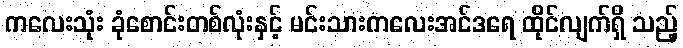
ကလေးသုံး ခုံစောင်းတစ်လုံးနှင့် မင်းသားကလေးအင်ဒရေ ထိုင်လျက်ရှိ သည့်